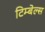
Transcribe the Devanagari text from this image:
टिम्बेल्स